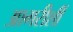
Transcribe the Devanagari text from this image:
आगरीशीं